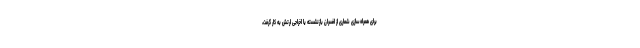
برای همراه‌سازی شماری از افسران بازنشسته یا اخراجی ارتش به کار گرفت،‌